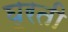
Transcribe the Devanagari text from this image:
घूरती